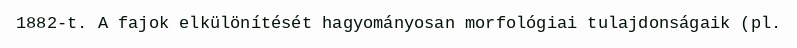
1882-t. A fajok elkülönítését hagyományosan morfológiai tulajdonságaik (pl.